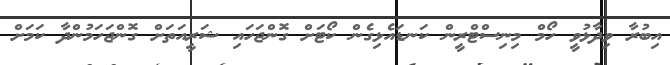
އިބުރާ ވިދާޅުވީ ހޯމް މިނިސްޓްރީން ކަނޑައެޅިގެން ކޯޓަށް ގޮންޖަހައި ޝަރީއަތަށް ގޮންޖަހަމުންދާ ކަމަށް